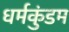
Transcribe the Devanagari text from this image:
धर्मकुंडम